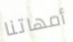
أمهاتنا